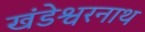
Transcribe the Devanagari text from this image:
खंडेश्वरनाथ